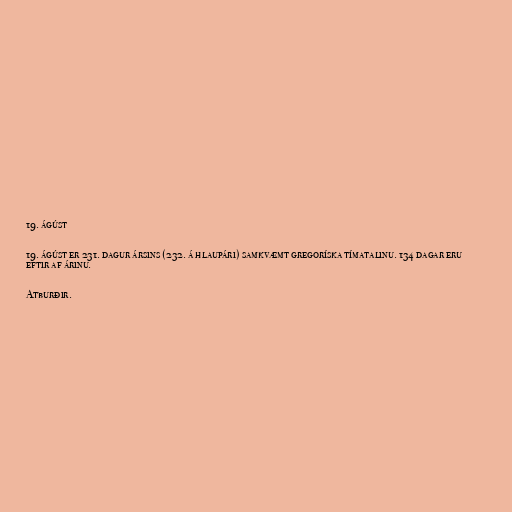
19. ágúst

19. ágúst er 231. dagur ársins (232. á hlaupári) samkvæmt gregoríska tímatalinu. 134 dagar eru
eftir af árinu.

Atburðir.